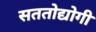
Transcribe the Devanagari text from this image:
सततोद्योगी